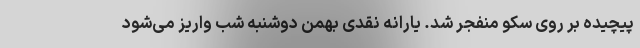
پیچیده بر روی سکو منفجر شد. یارانه نقدی بهمن دوشنبه شب واریز می‌شود